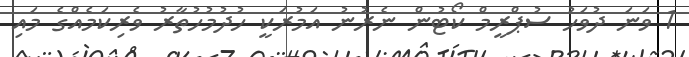
1 ވަނަ ދުވަހު ސުޕްރީމް ކޯޓުން ނެރުނު އަމުރަކީ ހުދުމުހުތާރު ވެރިކަމެއްގެ މައި